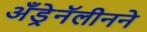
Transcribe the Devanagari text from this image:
अँड्रेनॅलीनने